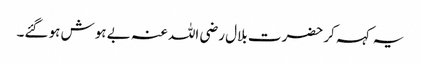
یہ کہہ کر حضرت بلال رضی اللہ عنہ بے ہوش ہو گئے۔